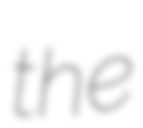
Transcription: the